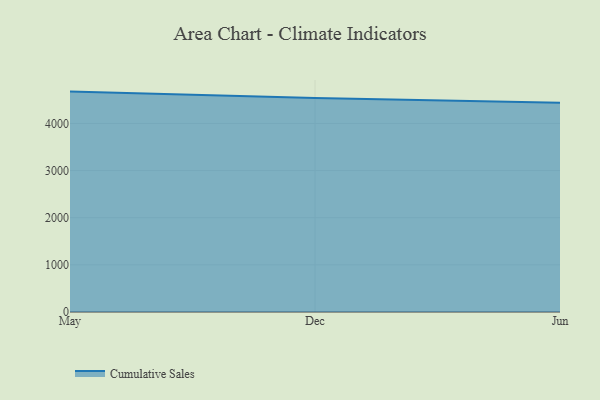
{"axis": {"x": "Month", "y": "Latency (ms)"}, "legend": ["Cumulative Sales"], "data": [{"x": "May", "y": 4675.1, "type": "Cumulative Sales"}, {"x": "Dec", "y": 4538.1, "type": "Cumulative Sales"}, {"x": "Jun", "y": 4438.0, "type": "Cumulative Sales"}]}